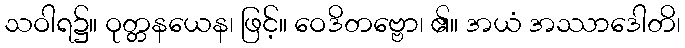
သဝါရ၌။ ဝုတ္တနယေန၊ ဖြင့်။ ဝေဒိတဗ္ဗော၊ ၏။ အယံ အဿာဒေါတိ၊